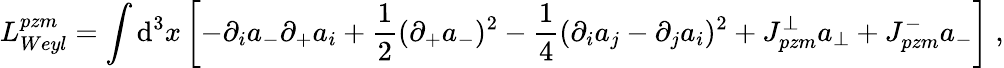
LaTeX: L_{Weyl}^{pzm}=\int\mathrm{d}^{3}{x}\left[-\partial_{i}a_{-}\partial_{+}a_{i}+\frac{1}{2}(\partial_{+}a_{-})^{2}-\frac{1}{4}(\partial_{i}a_{j}-\partial_{j}a_{i})^{2}+J_{pzm}^{\perp}a_{\perp}+J_{pzm}^{-}a_{-}\right]\; ,